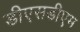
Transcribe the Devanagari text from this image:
डीएसडीएम